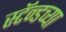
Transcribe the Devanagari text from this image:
स्टॅन्डच्या